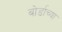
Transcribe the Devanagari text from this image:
बोर्डाच्‍या